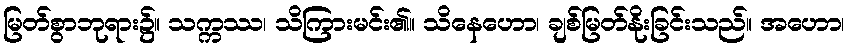
မြတ်စွာဘုရား၌။ သက္ကဿ၊ သိကြားမင်း၏။ သိနေဟော၊ ချစ်မြတ်နိုးခြင်းသည်။ အဟော၊